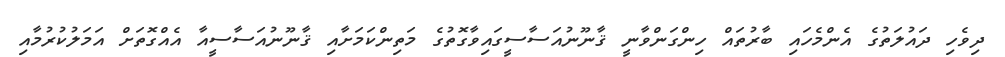
ދިވެހި ދައުލަތުގެ އެންމެހައި ބާރުތައް ހިންގަންވާނީ ޤާނޫނުއަސާސީގައިވާގޮތުގެ މަތިންކަމަށާއި ޤާނޫނުއަސާސީއާ އެއްގޮތަށް އަމަލުކުރުމާއި